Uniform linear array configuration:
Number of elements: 16
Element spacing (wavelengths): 1
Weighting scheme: cosine
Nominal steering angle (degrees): -15
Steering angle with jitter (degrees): -15.045
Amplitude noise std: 0.05
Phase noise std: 0.05

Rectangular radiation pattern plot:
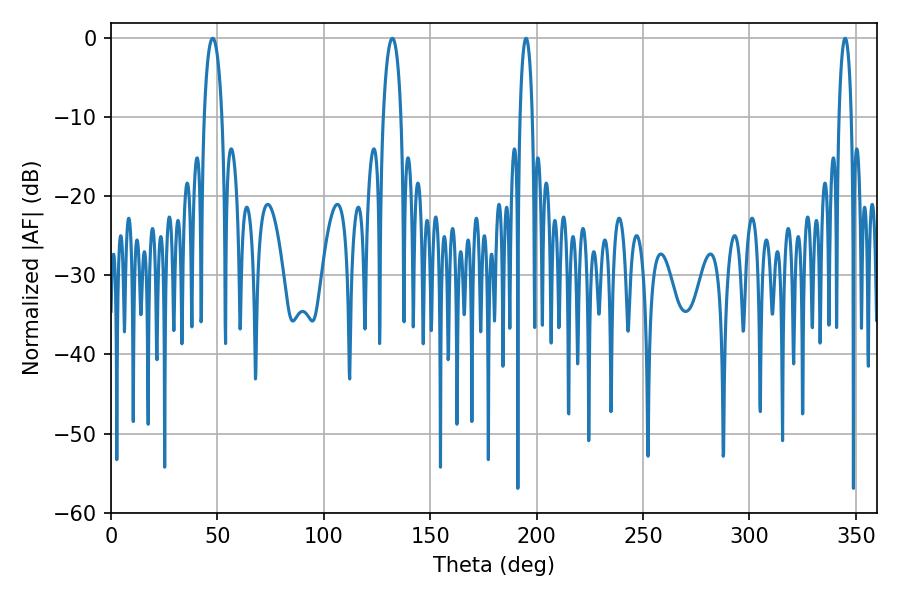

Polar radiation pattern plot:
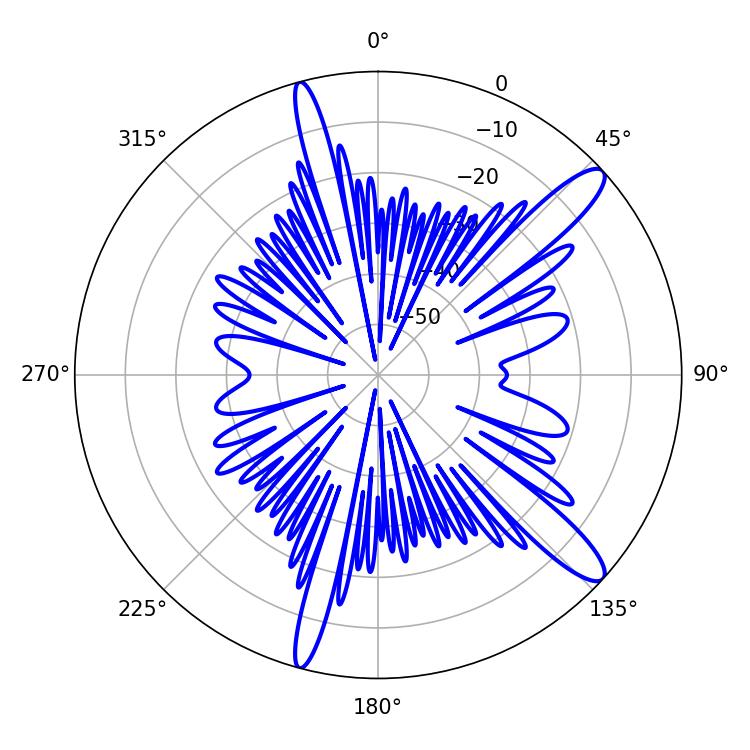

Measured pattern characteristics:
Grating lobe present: TRUE
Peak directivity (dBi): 12.834
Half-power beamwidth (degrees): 4.68
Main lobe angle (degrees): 47.7